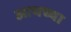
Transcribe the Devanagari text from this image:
आयच्या